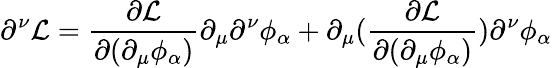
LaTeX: \partial^{\nu}{\mathcal{L}}={\frac{\partial{\mathcal{L}}}{\partial(\partial_{\mu}\phi_{\alpha})}}\partial_{\mu}\partial^{\nu}\phi_{\alpha}+\partial_{\mu}({\frac{\partial{\mathcal{L}}}{\partial(\partial_{\mu}\phi_{\alpha})}})\partial^{\nu}\phi_{\alpha}